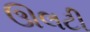
ઊલટી